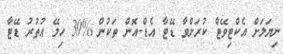
ނިޔަލަށް އެކްޓިވޭޓް ކުރަށްވާ ޑޭޓާ އެޑް-އޮން ތަކުން %30 ހިލޭ އުތުރު ޑޭޓާ